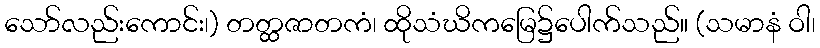
သော်လည်းကောင်း၊) တတ္ထဇာတကံ၊ ထိုသံဃိကမြေ၌ပေါက်သည်။ (သမာနံ ဝါ၊